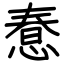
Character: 惷